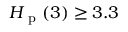
H _ { \mathrm { ~ p ~ } } ( 3 ) \geq 3 . 3